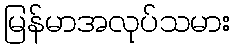
မြန်မာအလုပ်သမား